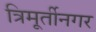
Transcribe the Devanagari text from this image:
त्रिमूर्तीनगर